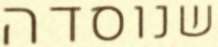
שנוסדה